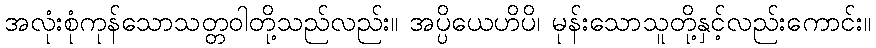
အလုံးစုံကုန်သောသတ္တဝါတို့သည်လည်း။ အပ္ပိယေဟိပိ၊ မုန်းသောသူတို့နှင့်လည်းကောင်း။